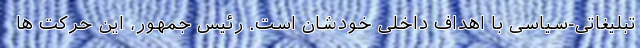
تبلیغاتی-سیاسی با اهداف داخلی خودشان است. رئیس جمهور، این حرکت ها